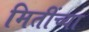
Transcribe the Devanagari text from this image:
मितींच्या